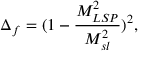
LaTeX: \Delta _ { f } = ( 1 - \frac { M _ { L S P } ^ { 2 } } { M _ { s l } ^ { 2 } } ) ^ { 2 } , \,